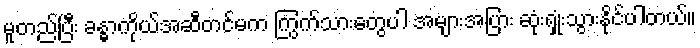
မူတည်ပြီး ခန္ဓာကိုယ်အဆီတင်မက ကြွက်သားတွေပါ အများအပြား ဆုံးရှုံးသွားနိုင်ပါတယ်။